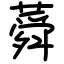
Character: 蕣